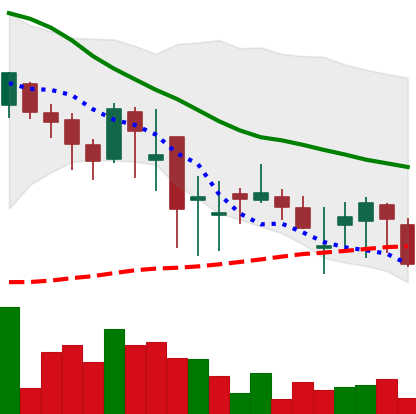
Ticker: DOGE-USD
Chart end date: 2018-05-22
Forward return: -11.088%
Label: down_7plus